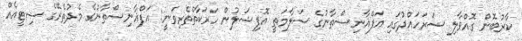
ކާރުބޮން ގޮއްވާލި ސަރަހައްދުގައި އަފްޣާނިސްތާނުގެ ސަލާމަތީ އޮފިޝަލުން ހަރަކާތްތެރިވަނީ: އަފްޣާނިސްތާނުގެ މެދުތެރޭގެ ސިޓީއެއް